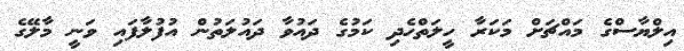
އިލްޔާސްގެ މައްޗަށް މަކަރާ ހީލަތްހެދި ކަމުގެ ދައުވާ ދައުލަތުން އުފުލާފައި ވަނީ މާލޭގެ